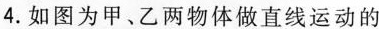
4.如图为甲、乙两物体做直线运动的